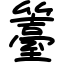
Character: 籉